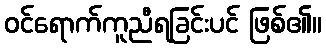
ဝင်ရောက်ကူညီရခြင်းပင် ဖြစ်၏။